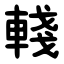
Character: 輚